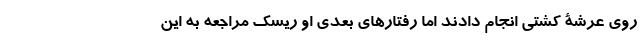
روی عرشۀ کشتی انجام دادند اما رفتارهای بعدی او ریسک مراجعه به این